Scottish Leaving Certificate Examination, 1959
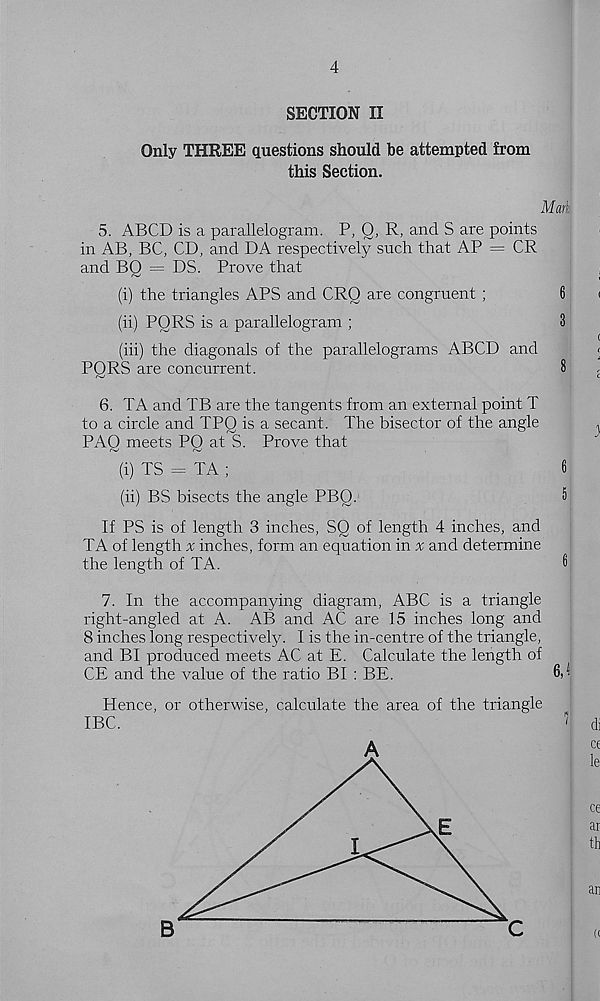
4
SECTION II
Only THREE questions should be attempted from
this Section.
Mark
5. ABCD is a parallelogram. P, Q, R, and S are points
in AB, BC, CD, and DA respectively such that AP = CR
and BQ = DS. Prove that
(i) the triangles APS and CRQ are congruent ;
6
(ii) PQRS is a parallelogram ;
3
(hi) the diagonals of the parallelograms ABCD and
PORS are concurrent.
8
6. TA and TB are the tangents from an external point T
to a circle and TPO is a secant. The bisector of the angle
PAQ meets PO at S. Prove that
(i) TS = TA ;
6
(ii) BS bisects the angle PBO.
5
If PS is of length 3 inches, SQ of length 4 inches, and
TA of length v inches, form an equation in % and determine
the length of TA.
8
7. In the accompanying diagram, ABC is a triangle
right-angled at A. AB and AC are 15 inches long and
8 inches long respectively. I is the in-centre of the triangle,
and BI produced meets AC at E. Calculate the length of
CE and the value of the ratio BI : BE.
6,'I
Hence, or otherwise, calculate the area of the triangle
IBC.
di
ce
le
ce
ar
th
an
B
C
«